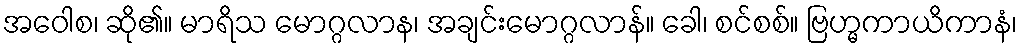
အဝေါစ၊ ဆို၏။ မာရိသ မောဂ္ဂလာန၊ အချင်းမောဂ္ဂလာန်။ ခေါ၊ စင်စစ်။ ဗြဟ္မကာယိကာနံ၊